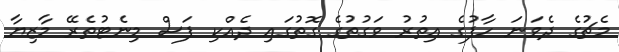
މެޗުގެ ދެވަނަ ހާފުގެ އިތުރު ވަގުތުގެ ގޮތުގައި ދެއްކި ފަސް މިނެޓުތެރޭ މާޒިޔާ